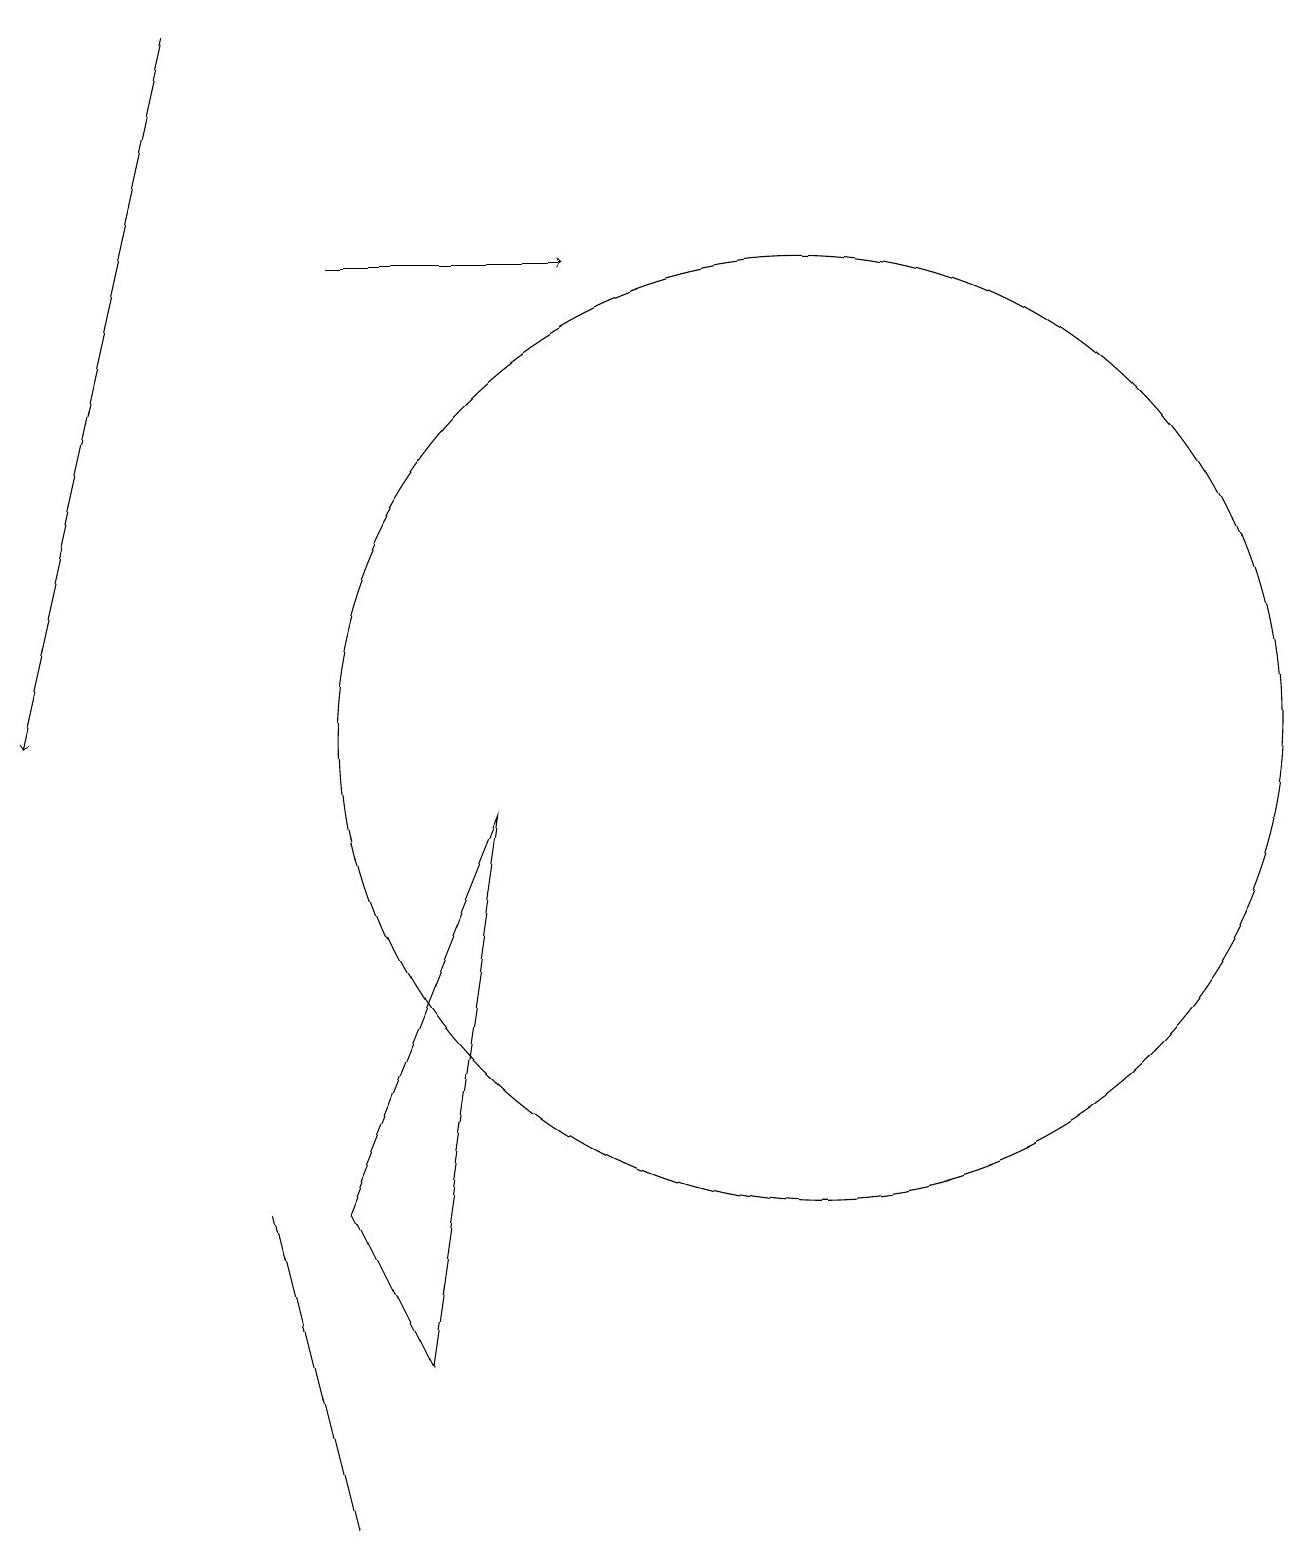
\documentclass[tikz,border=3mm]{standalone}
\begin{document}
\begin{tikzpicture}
\draw (4,0) -- (4,0) -- (3,4) -- cycle;
\draw[->] (2,19) -- (0,10);
\draw[->] (4,16) -- (7,16);
\draw (10,10) circle (6);
\draw (4,4) -- (6,9) -- (5,2) -- cycle;
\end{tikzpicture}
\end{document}